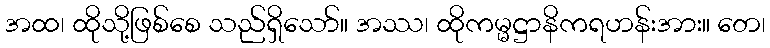
အထ၊ ထိုသို့ဖြစ်စေ သည်ရှိသော်။ အဿ၊ ထိုကမ္မဋ္ဌာနိကရဟန်းအား။ တေ၊